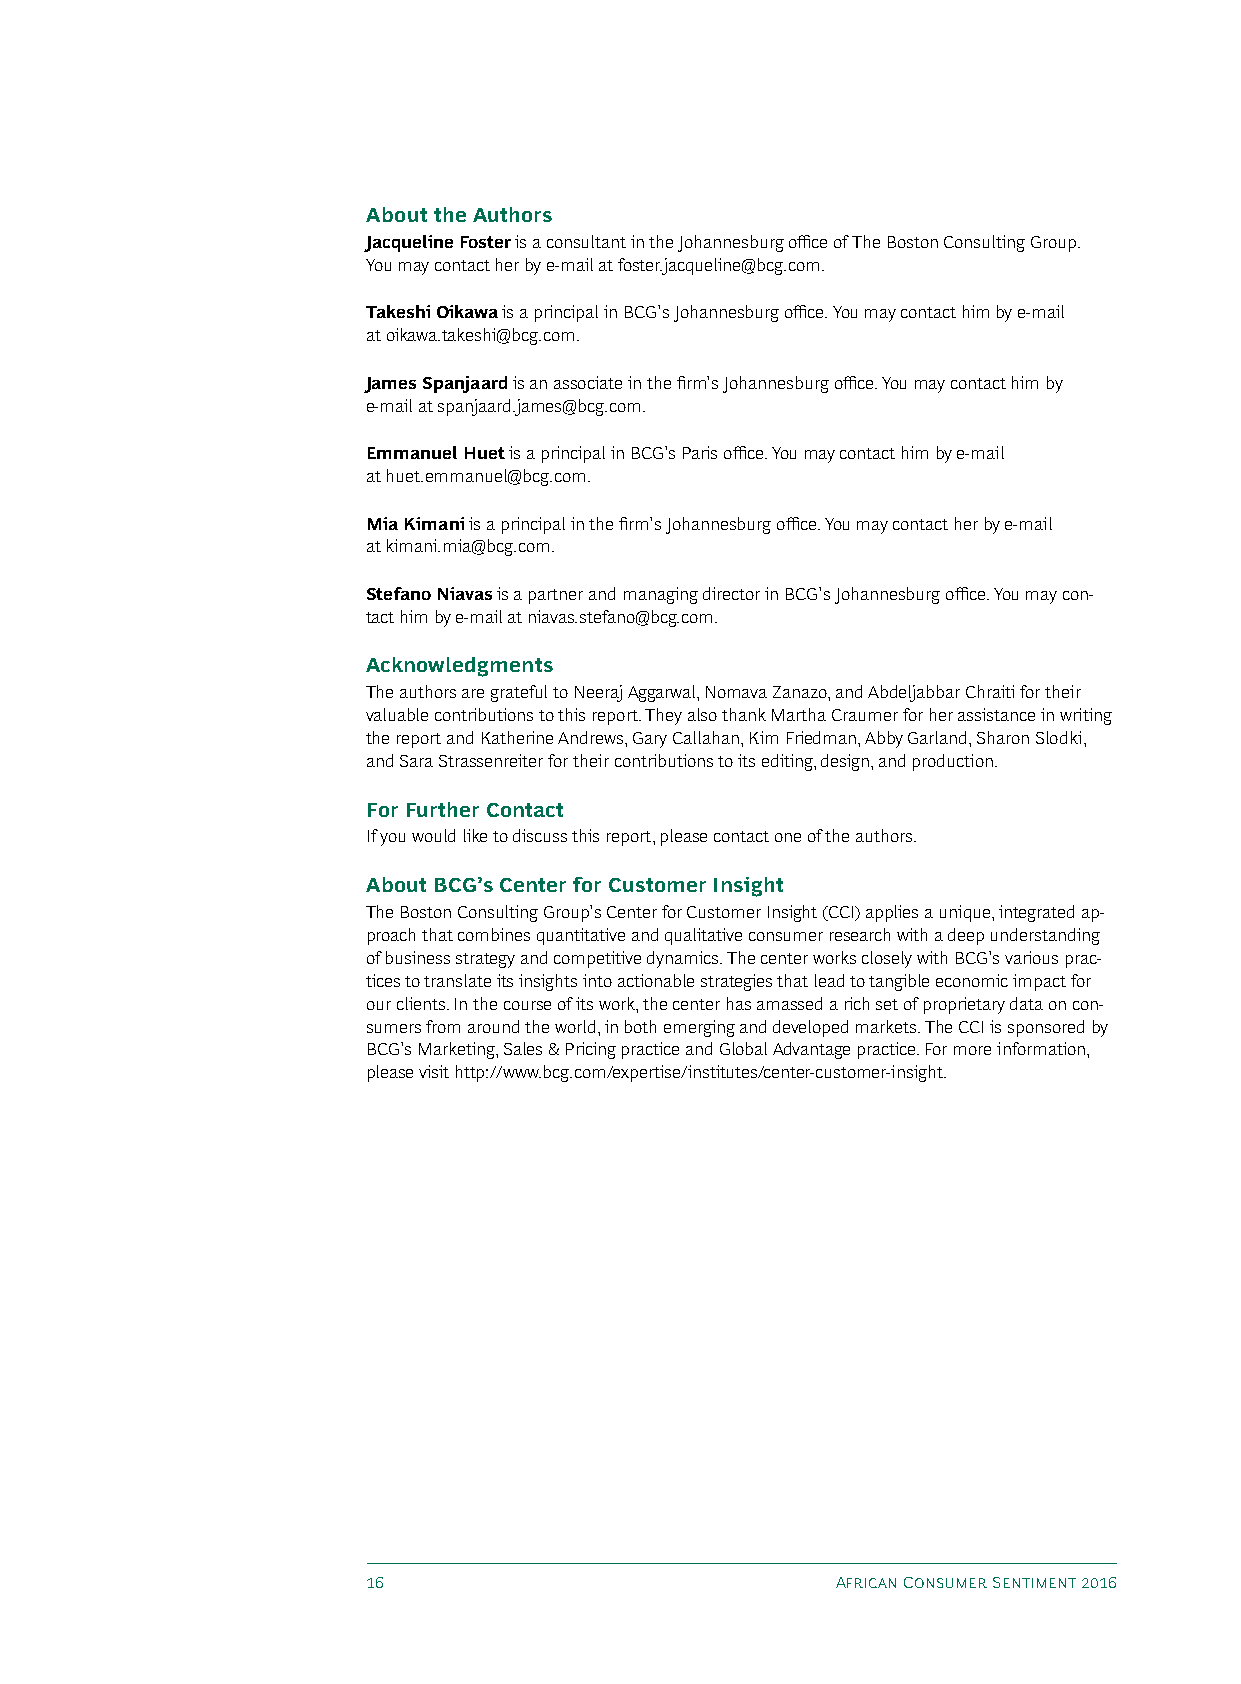
About the Authors
 Jacqueline Foster is a consultant in the Johannesburg office of The Boston Consulting Group.
 you may contact her by e-mail at foster.jacqueline@bcg.com.
 Takeshi Oikawa is a principal in BCG’s Johannesburg office. you may contact him by e-mail
 at oikawa.takeshi@bcg.com.
 James Spanjaard is an associate in the firm’s Johannesburg office. you may contact him by
 e-mail at spanjaard.james@bcg.com.
 Emmanuel Huet is a principal in BCG’s Paris office. you may contact him by e-mail
 at huet.emmanuel@bcg.com.
 Mia Kimani is a principal in the firm’s Johannesburg office. you may contact her by e-mail
 at kimani.mia@bcg.com.
 Stefano Niavas is a partner and managing director in BCG’s Johannesburg office. you may con-
 tact him by e-mail at niavas.stefano@bcg.com.
 Acknowledgments
 The authors are grateful to Neeraj Aggarwal, Nomava Zanazo, and Abdeljabbar Chraiti for their
 valuable contributions to this report. They also thank Martha Craumer for her assistance in writing
 the report and Katherine Andrews, Gary Callahan, Kim Friedman, Abby Garland, Sharon Slodki,
 and Sara Strassenreiter for their contributions to its editing, design, and production.
 For Further Contact
 If you would like to discuss this report, please contact one of the authors.
 About BCG’s Center for Customer Insight
 The Boston Consulting Group’s Center for Customer Insight (CCI) applies a unique, integrated ap-
 proach that combines quantitative and qualitative consumer research with a deep understanding
 of business strategy and competitive dynamics. The center works closely with BCG’s various prac-
 tices to translate its insights into actionable strategies that lead to tangible economic impact for
 our clients. In the course of its work, the center has amassed a rich set of proprietary data on con-
 sumers from around the world, in both emerging and developed markets. The CCI is sponsored by
 BCG’s Marketing, Sales & Pricing practice and Global Advantage practice. For more information,
 please visit http://www.bcg.com/expertise/institutes/center-customer-insight.
 16                             African Consumer Sentiment 2016